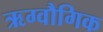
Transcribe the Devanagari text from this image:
ऋग्वौगिक